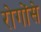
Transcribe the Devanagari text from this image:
रोगोंसे